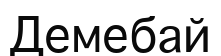
Демебай